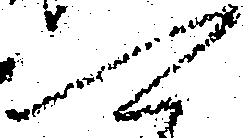
可